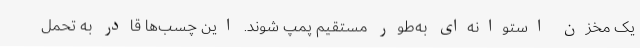
یک مخزن استوانه‌ای به‌طور مستقیم پمپ شوند. این چسب‌ها قادر به تحمل